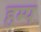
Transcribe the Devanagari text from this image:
हम्प